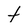
Character: t